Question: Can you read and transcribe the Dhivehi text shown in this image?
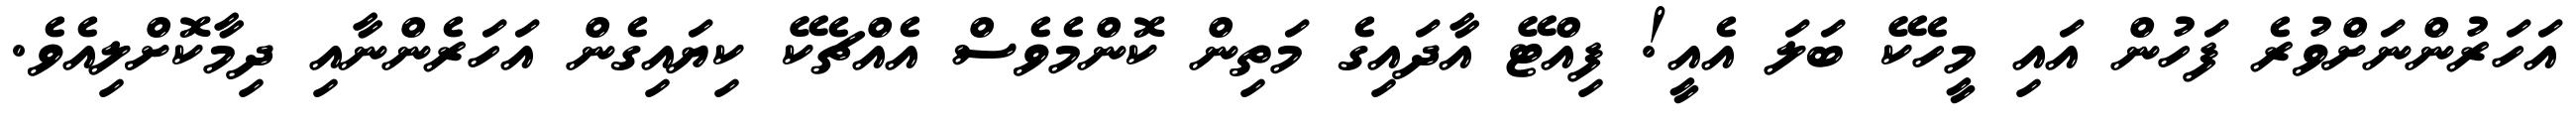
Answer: އަހަރުންނަށްވުރެ ފަހުން އައި މީހެކޭ ބަލަ އެއީ! ފިއްޓޭ އާދައިގެ މަތިން ކޮންމެވެސް އެއްޗެކޭ ކިޔައިގެން އަހަރެންނާއި ދިމާކޮށްލިއެވެ.